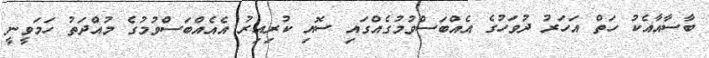
ބާސާއާއެކު ހަތް އަހަރު ދުވަހުގެ އެއްބަސްވުމުގެއްގައި ސޮއި ކުރިއިރު އެއެއްބަސްވުމުގެ މުއްދަތު ހަމަވީނީ